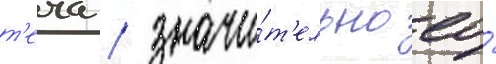
т'еча / значи́т'ельно ео́